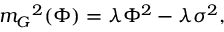
{ m _ { G } } ^ { 2 } ( \Phi ) = \lambda { \Phi } ^ { 2 } - \lambda { \sigma } ^ { 2 } ,